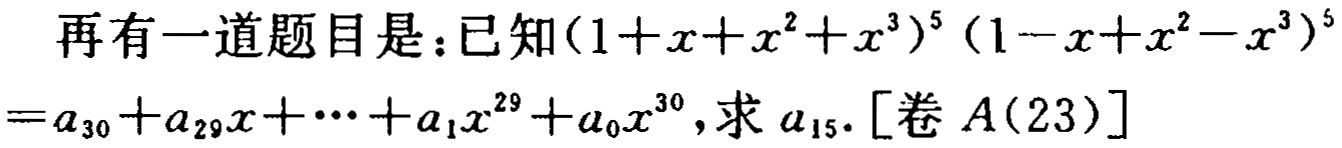
再有一道题目是：已知\((1 + x + x^{2} + x^{3})^{5}(1 - x + x^{2} - x^{3})^{5}=a_{30}+a_{29}x+\cdots +a_{1}x^{29}+a_{0}x^{30}\)，求\(a_{15}\). [卷\(A(23)\)]